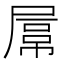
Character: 𡲻